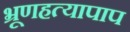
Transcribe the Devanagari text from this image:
भ्रूणहत्यापाप